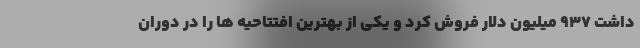
داشت ۹۳۷ میلیون دلار فروش کرد و یکی از بهترین افتتاحیه ها را در دوران